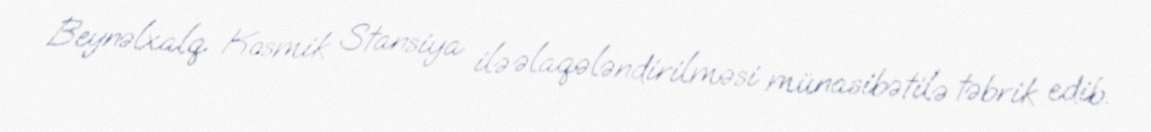
Beynəlxalq Kosmik Stansiya ilə əlaqələndirilməsi münasibətilə təbrik edib.